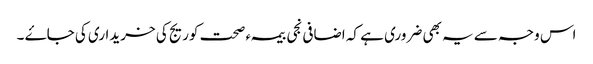
اس وجہ سے یہ بھی ضروری ہے کہ اضافی نجی بیمہء صحت کوریج کی خریداری کی جاۓ ۔